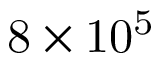
\mathrm { 8 \times 1 0 ^ { 5 } }